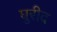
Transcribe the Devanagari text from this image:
घुरीद